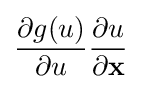
{\frac {\partial g(u)}{\partial u}}{\frac {\partial u}{\partial \mathbf {x} }}